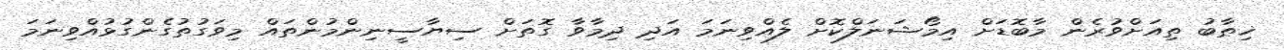
ޚިޠާބު ތިއަށްވުރެން މާބޮޑަށް އިމޯޝަނަލްކޮށް ލެއްވިނަމަ އަދި ދިމާވާ ގޮތަށް ސިޔާސީނިންމުންތައް މިވަގުތުގެންގުޅުއްވިނަމަ